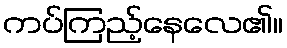
ကပ်ကြည့်နေလေ၏။